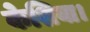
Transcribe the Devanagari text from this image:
केशिया।